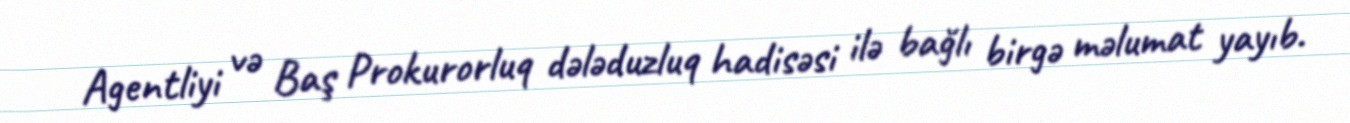
Agentliyi və Baş Prokurorluq dələduzluq hadisəsi ilə bağlı birgə məlumat yayıb.